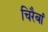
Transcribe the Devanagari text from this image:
चिरैबां